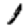
Digit: 1